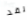
لقد